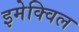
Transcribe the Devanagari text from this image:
इमेक्विल